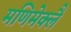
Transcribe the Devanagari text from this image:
मणिमेक्लै